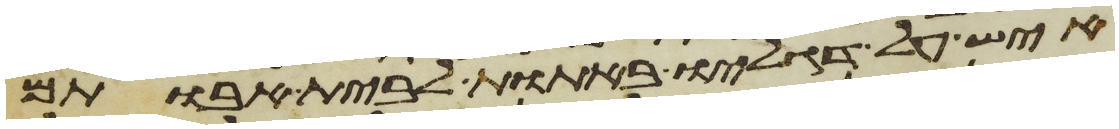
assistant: איש על דגליו באתות לבית אבותם